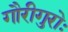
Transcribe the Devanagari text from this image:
गौरीगुरोः